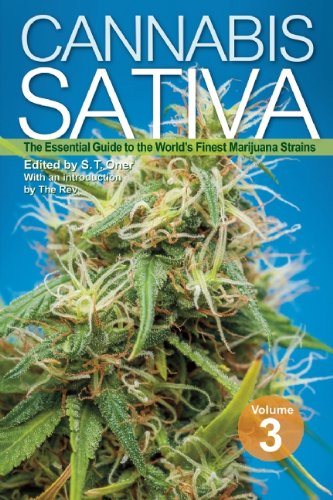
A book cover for Cannabis Sativa Volume 3: The Essential Guide to the World's Finest Marijuana Strains; Crafts, Hobbies & Home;